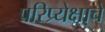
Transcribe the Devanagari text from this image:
परिप्र्येक्षाचे